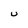
Character: U